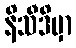
နိသီဒိမှာ